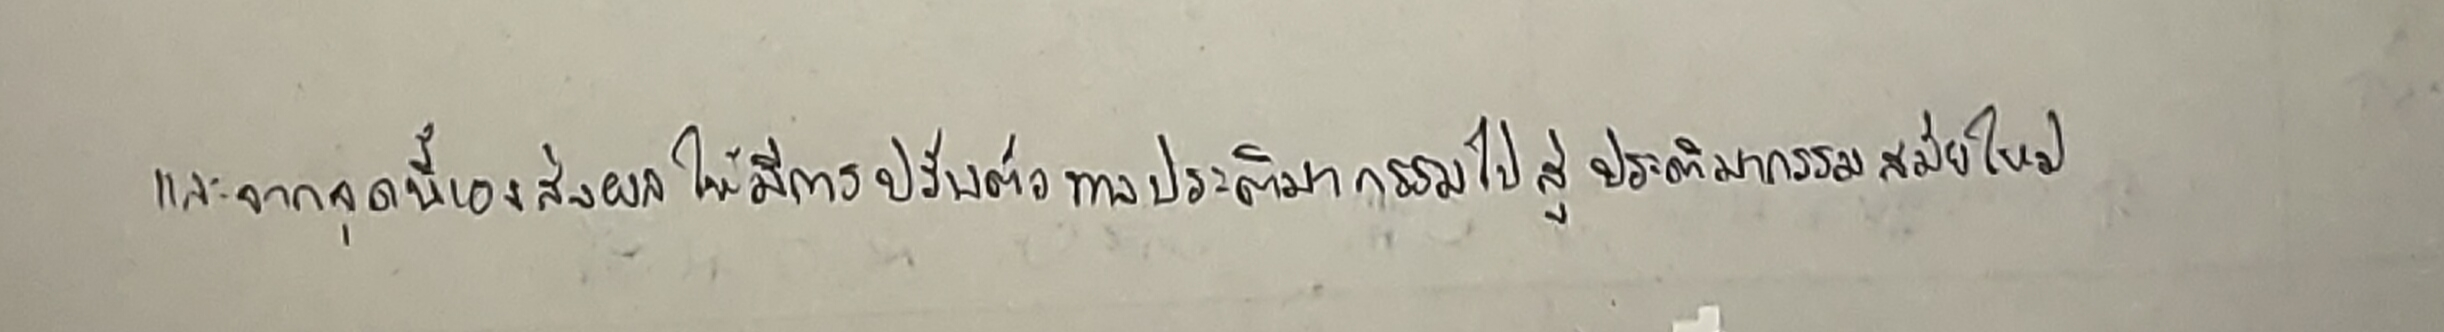
และจากจุดนี้เองส่งผลให้มีการปรับตัวทางประติมากรรมไปสู่ประติมากรรมสมัยใหม่